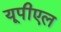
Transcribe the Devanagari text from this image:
यूपीएल